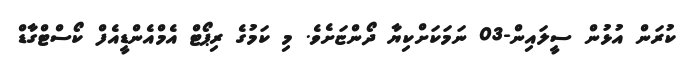
ކުރަން އުޅުން ސީލައިން-03 ނަމަކަށްކިޔާ ދޯންޏަށެވެ. މި ކަމުގެ ރިޕޯޓް އެމްއެންޑީއެފް ކޯސްޓްގާޑް